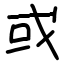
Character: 或